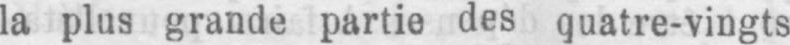
la plus grande partie des quatre-vingts